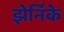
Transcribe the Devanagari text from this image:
झेर्निके